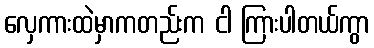
လှေကားထဲမှာကတည်းက ငါ ကြားပါတယ်ကွာ